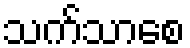
သက်သာစေ